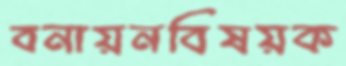
বনায়নবিষয়ক